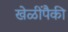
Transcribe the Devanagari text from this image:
खेळींपैकी